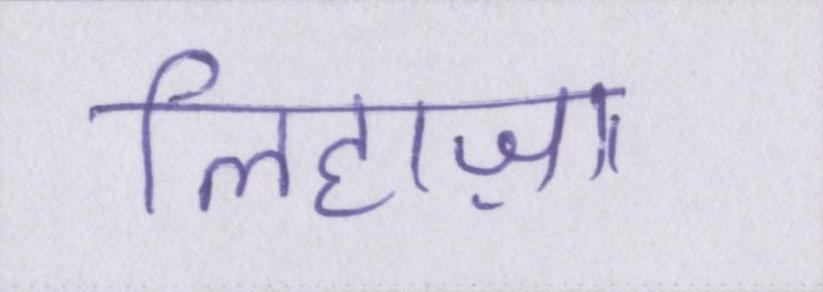
लिहाज़ा